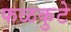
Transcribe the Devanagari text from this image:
फळकुटे